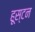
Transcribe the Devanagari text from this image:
हूस्टन